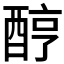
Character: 𨠺